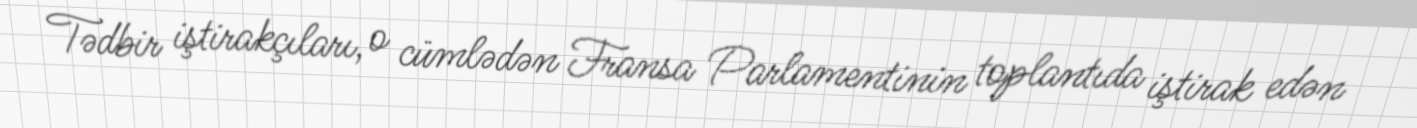
Tədbir iştirakçıları, o cümlədən Fransa Parlamentinin toplantıda iştirak edən